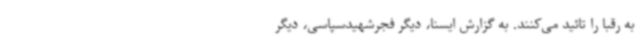
به رقبا را تائید می‌کنند. به گزارش ایسنا، دیگر فجرشهیدسپاسی، دیگر